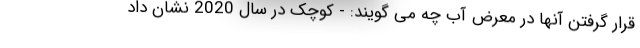
قرار گرفتن آنها در معرض آب چه می گویند: - کوچک در سال 2020 نشان داد